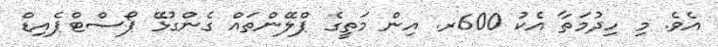
އެވެ. މި ހިދުމަތާ އެކު 600ރ. އިން މަތީގެ ޕްލޭންތައް ގެންގުޅޭ ޕޯސްޓްޕެއިޑް